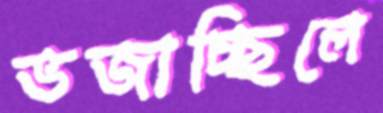
ভজাচ্ছিলে